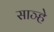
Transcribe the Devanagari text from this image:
साञ्हे